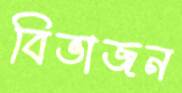
বিভাজন